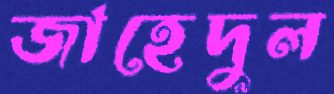
জাহেদুল